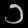
Digit: ၁